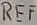
Text: REF